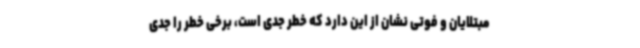
مبتلایان و فوتی نشان از این دارد که خطر جدی است، برخی خطر را جدی